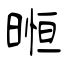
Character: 暅